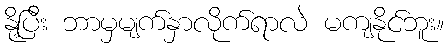
နို့ပြီး ဘာမှမျက်နှာလိုက်ရာလဲ မကျနိုင်ဘူး။